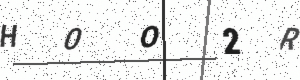
Text: H0O2R